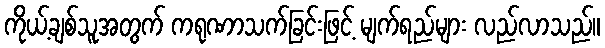
ကိုယ့်ချစ်သူအတွက် ကရုဏာသက်ခြင်းဖြင့် မျက်ရည်များ လည်လာသည်။